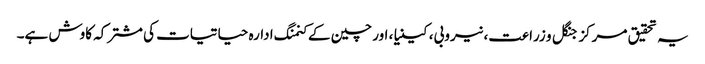
یہ تحقیق مرکز جنگل و زراعت، نیروبی، کینیا، اور چین کے کنمنگ ادارہ حیاتیات کی مشترکہ کاوش ہے۔